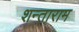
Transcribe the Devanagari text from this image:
शन्ताराम